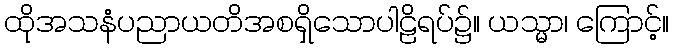
ထိုအသနံပညာယတိအစရှိသောပါဠိရပ်၌။ ယသ္မာ၊ ကြောင့်။